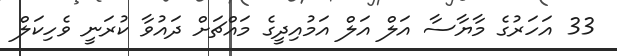
33 އަހަރުގެ މާޔާސާ އަލް އަލް އަމުއިދީގެ މައްޗަށް ދައުވާ ކުރަނީ ވެހިކަލް